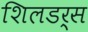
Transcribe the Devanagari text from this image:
शिलडर्स